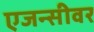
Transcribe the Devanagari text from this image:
एजन्सीवर